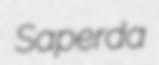
Saperda